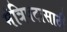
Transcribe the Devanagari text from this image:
मंत्रिपदासाठी